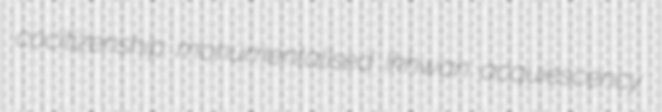
cocitizenship monumentalised Ikhwan acquiescency